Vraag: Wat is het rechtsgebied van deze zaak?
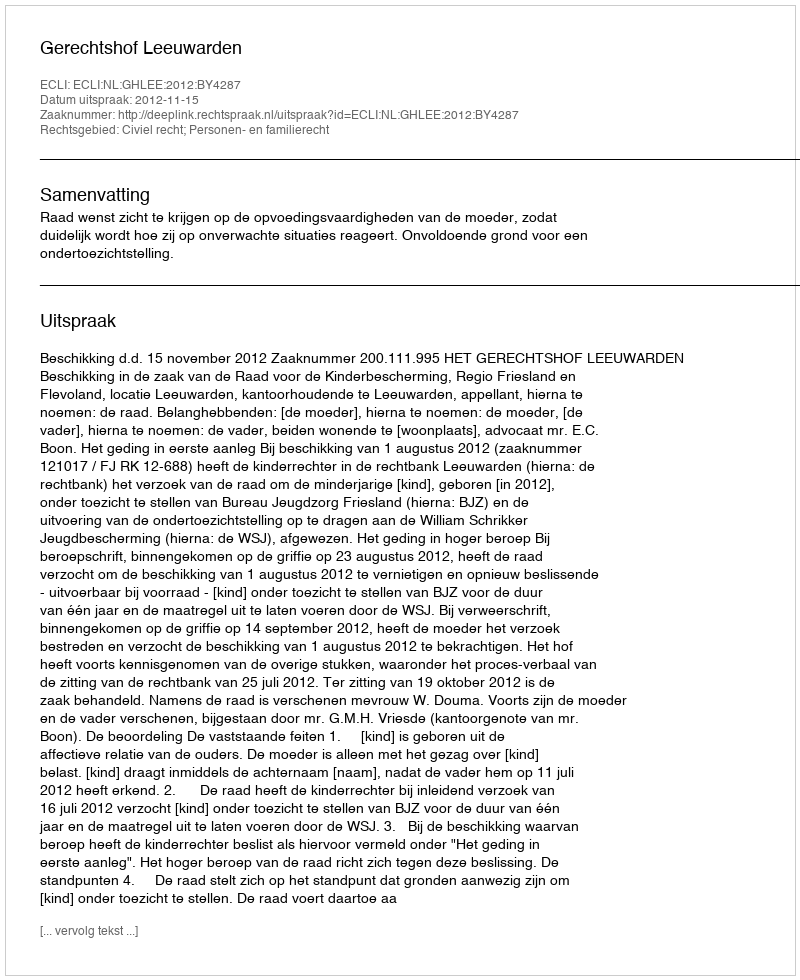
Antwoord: Civiel recht; Personen- en familierecht